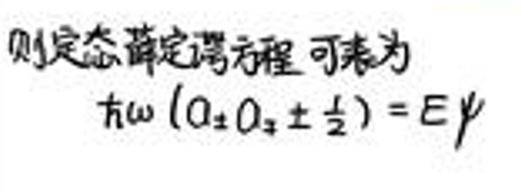
则定态薛定谔方程可表为

\[ \hbar \omega (n_2 + n_3 \pm \frac{1}{2}) = E \gamma \]